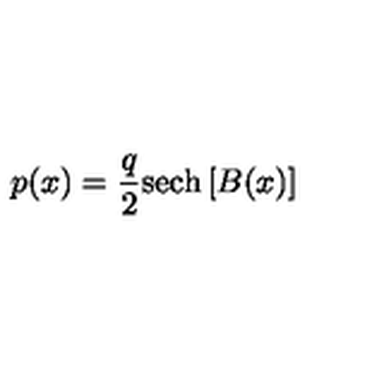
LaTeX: p ( x ) = { \frac { q } { 2 } } \mathrm { s e c h } \left[ B ( x ) \right]